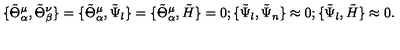
\{ \tilde { \Theta } _ { \alpha } ^ { \mu } , \tilde { \Theta } _ { \beta } ^ { \nu } \} = \{ \tilde { \Theta } _ { \alpha } ^ { \mu } , \tilde { \Psi } _ { l } \} = \{ \tilde { \Theta } _ { \alpha } ^ { \mu } , \tilde { H } \} = 0 ; \{ \tilde { \Psi } _ { l } , \tilde { \Psi } _ { n } \} \approx 0 ; \{ \tilde { \Psi } _ { l } , \tilde { H } \} \approx 0 .